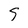
Character: 5